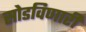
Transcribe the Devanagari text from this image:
सोडविणारी